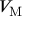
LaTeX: V _ { \mathrm { { M } } }